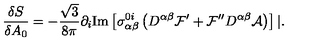
\frac { \delta S } { \delta A _ { 0 } } = - \frac { \sqrt { 3 } } { 8 \pi } \partial _ { i } \mathrm { I m } \left[ \sigma _ { \alpha \beta } ^ { 0 i } \left( D ^ { \alpha \beta } { \cal F } ^ { \prime } + { \cal F } ^ { \prime \prime } D ^ { \alpha \beta } { \cal A } \right) \right] | .